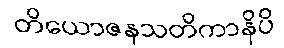
တိယောဇနသတိကာနိပိ